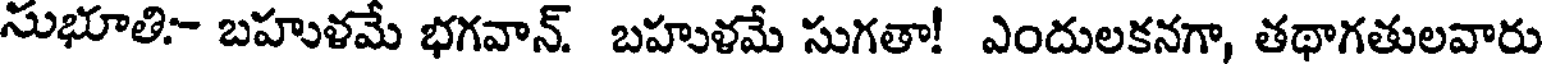
సుభూతి- బహుళమే భగవాన్. బహుళమే సుగతా! ఎందులకనగా, తథాగతులవారు